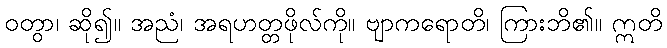
ဝတွာ၊ ဆို၍။ အညံ၊ အရဟတ္တဖိုလ်ကို။ ဗျာကရောတိ၊ ကြားဘိ၏။ ဣတိ